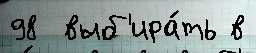
98  выб'ира́ть в